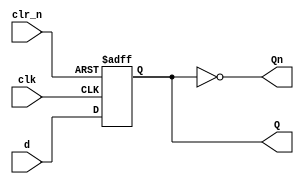
// A multi-bit D-type flip-flop which has a default width of 1-bit and a default reset value of 0
// The width of the flip flop and the reset value can be adjusted using parameters


module d_flip_flop_multi_bit #(parameter WIDTH = 1, parameter RESETVAL = 0)
(
	d, clk, clr_n,				// System inputs: data, clock and the reset signal
	Q, Qn
);

// Define the input and outputs with their data width
input [WIDTH-1:0] d;
input clk, clr_n;
output [WIDTH-1:0] Q;
output [WIDTH-1:0] Qn;

reg [WIDTH-1:0] q;


always @(posedge(clk), negedge(clr_n))
	if(!clr_n)						// clr_n is active low and hence the system is reset when it is low
		begin
			q <= RESETVAL;
		end
	else
		begin
			q <= d;					// Q is assigned the value of D on the rising clock edge
		end
		
		
assign Q = q;
assign Qn = ~q;


endmodule